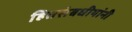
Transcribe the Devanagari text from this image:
हितसंबधीयांनी